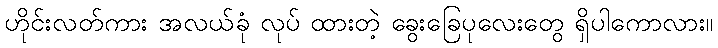
ဟိုင်းလတ်ကား အလယ်ခုံ လုပ် ထားတဲ့ ခွေးခြေပုလေးတွေ ရှိပါကောလား။